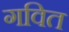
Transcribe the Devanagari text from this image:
गवित